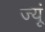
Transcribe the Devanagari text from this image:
ज्यूं